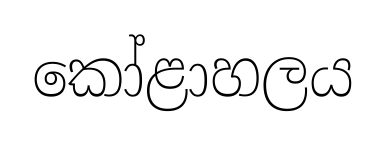
කෝළාහලය